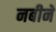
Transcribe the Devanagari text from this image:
नबीने